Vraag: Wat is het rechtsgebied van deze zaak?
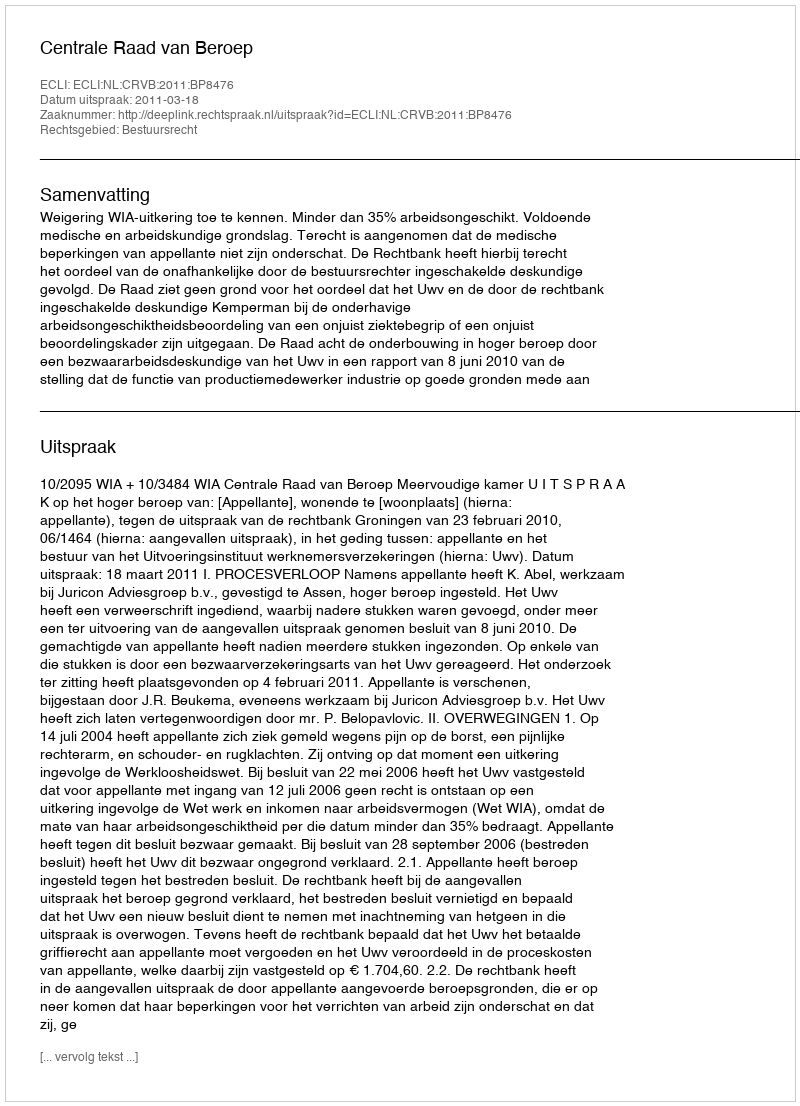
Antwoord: Bestuursrecht